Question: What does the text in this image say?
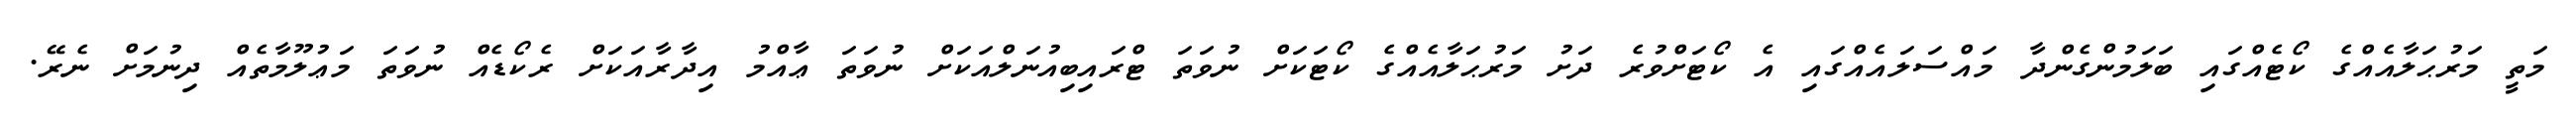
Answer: މަތީ މަރުޙަލާއެއްގެ ކޯޓެއްގައި ބަލަމުންގެންދާ މައްސަލައެއްގައި އެ ކޯޓަށްވުރެ ދަށު މަރުޙަލާއެއްގެ ކޯޓަކަށް ނުވަތަ ޓްރައިބިއުނަލްއަކަށް ނުވަތަ ޢާއްމު އިދާރާއަކަށް ރެކޯޑެއް ނުވަތަ މަޢުލޫމާތެއް ދިނުމަށް ނެރޭ.